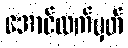
အောင်လက်မှတ်